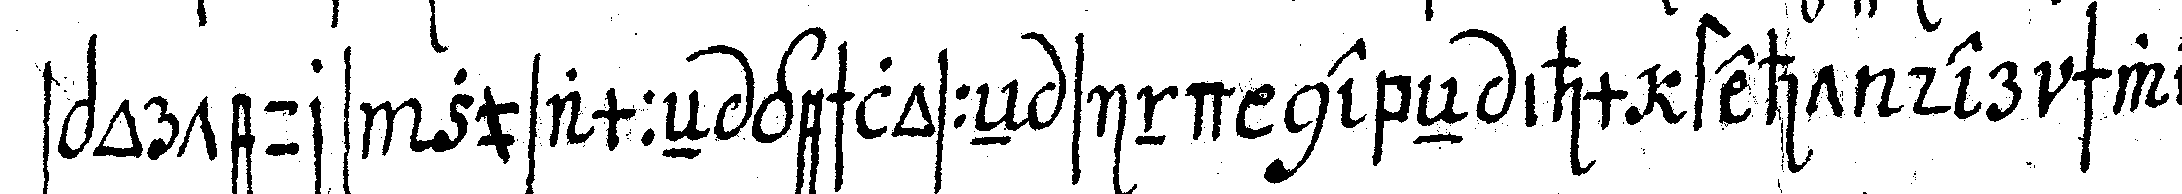
spoteurs zusammeN geschlosseN sind nebeN ihm steht der schwe